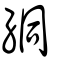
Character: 絧